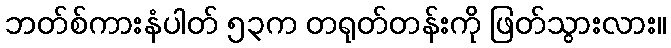
ဘတ်စ်ကားနံပါတ် ၅၃က တရုတ်တန်းကို ဖြတ်သွားလား။